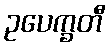
ဥပေက္ခတီ